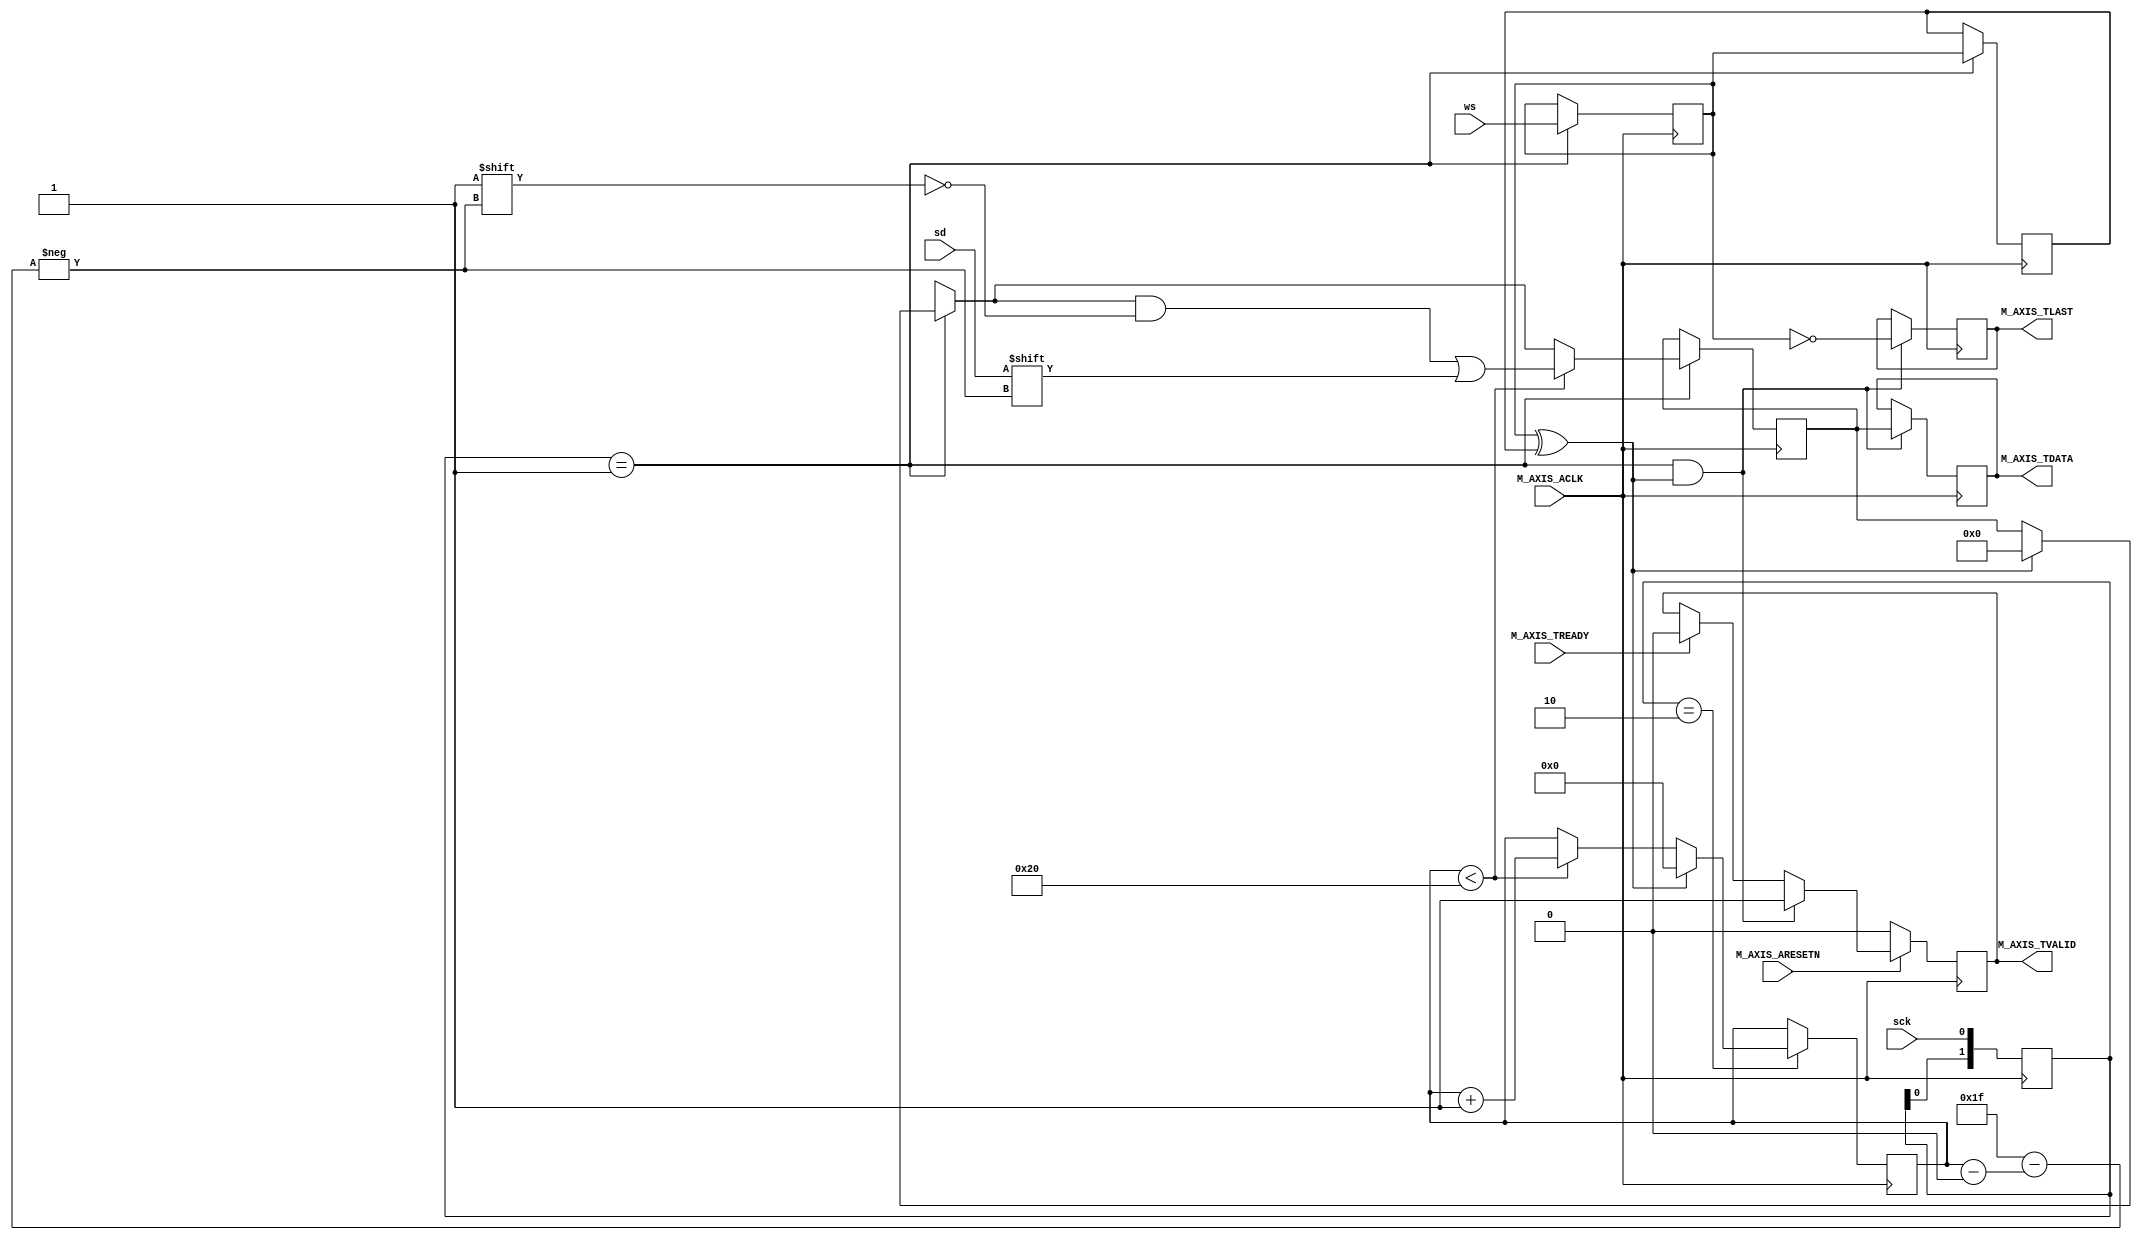
`timescale 1ns/1ns
module i2s_receive #
  (
   parameter DATA_WIDTH = 32
   )
  (
   input M_AXIS_ACLK,
   input M_AXIS_ARESETN,
   output reg  M_AXIS_TVALID,
   output reg [DATA_WIDTH-1 : 0] M_AXIS_TDATA,
   output reg  M_AXIS_TLAST,
   input wire  M_AXIS_TREADY,
   
   input sck,
   input ws,
   input sd
   );

  reg [1:0] sck_sync;
  always @(posedge M_AXIS_ACLK)
    sck_sync <= {sck_sync,sck};
  wire sck_rise = sck_sync == 2'b01;
  wire sck_fall = sck_sync == 2'b10;

  reg wsd = 0;
  always @(posedge M_AXIS_ACLK)
    if (sck_rise)
      wsd <= ws;

  reg wsdd;
  always @(posedge M_AXIS_ACLK)
    if (sck_rise)
      wsdd <= wsd;

  wire wsp = wsd ^ wsdd;

  reg [$clog2(DATA_WIDTH+1)-1:0] counter;
  always @(posedge M_AXIS_ACLK)
    if (sck_fall)
      if (wsp)
	counter <= 0;
      else if (counter < DATA_WIDTH)
	counter <= counter+1;

  reg [0:DATA_WIDTH-1] shift;
  always @(posedge M_AXIS_ACLK)
    if (sck_rise)
      begin
	if (wsp)
	  shift <= 0;
	if (counter < DATA_WIDTH)
	  shift[counter] <= sd;
      end

  always @(posedge M_AXIS_ACLK)
    if (sck_rise && wsp)
      M_AXIS_TDATA <= shift;

  always @(posedge M_AXIS_ACLK)
    if (!M_AXIS_ARESETN)
      M_AXIS_TVALID <= 0;
    else if (sck_rise && wsp)
      M_AXIS_TVALID <= 1;
    else if (M_AXIS_TREADY)
      M_AXIS_TVALID <= 0;

  always @(posedge M_AXIS_ACLK)
    if (sck_rise && wsp)
      M_AXIS_TLAST <= !wsd;

endmodule